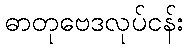
ဓာတုဗေဒလုပ်ငန်း